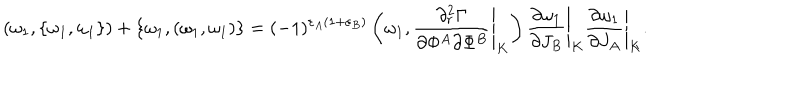
( \omega _ { 1 } , \{ \omega _ { 1 } , \omega _ { 1 } \} ) + \{ \omega _ { 1 } , ( \omega _ { 1 } , \omega _ { 1 } ) \} = ( - 1 ) ^ { \varepsilon _ { A } ( 1 + \varepsilon _ { B } ) } \left( \omega _ { 1 } , \left. { \frac { \partial _ { r } ^ { 2 } \Gamma } { \partial \Phi ^ { A } \partial \Phi ^ { B } } } \right| _ { K } \right) \left. { \frac { \partial \omega _ { 1 } } { \partial J _ { B } } } \right| _ { K } \left. { \frac { \partial \omega _ { 1 } } { \partial J _ { A } } } \right| _ { K } .